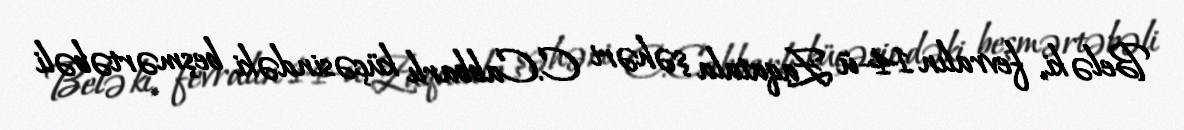
Belə ki, fevralın 14-ü Zaqatala şəhəri C.Cabbarlı küçəsindəki beşmərtəbəli